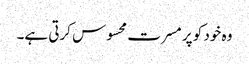
وہ خود کو پر مسرت محسوس کرتی ہے۔